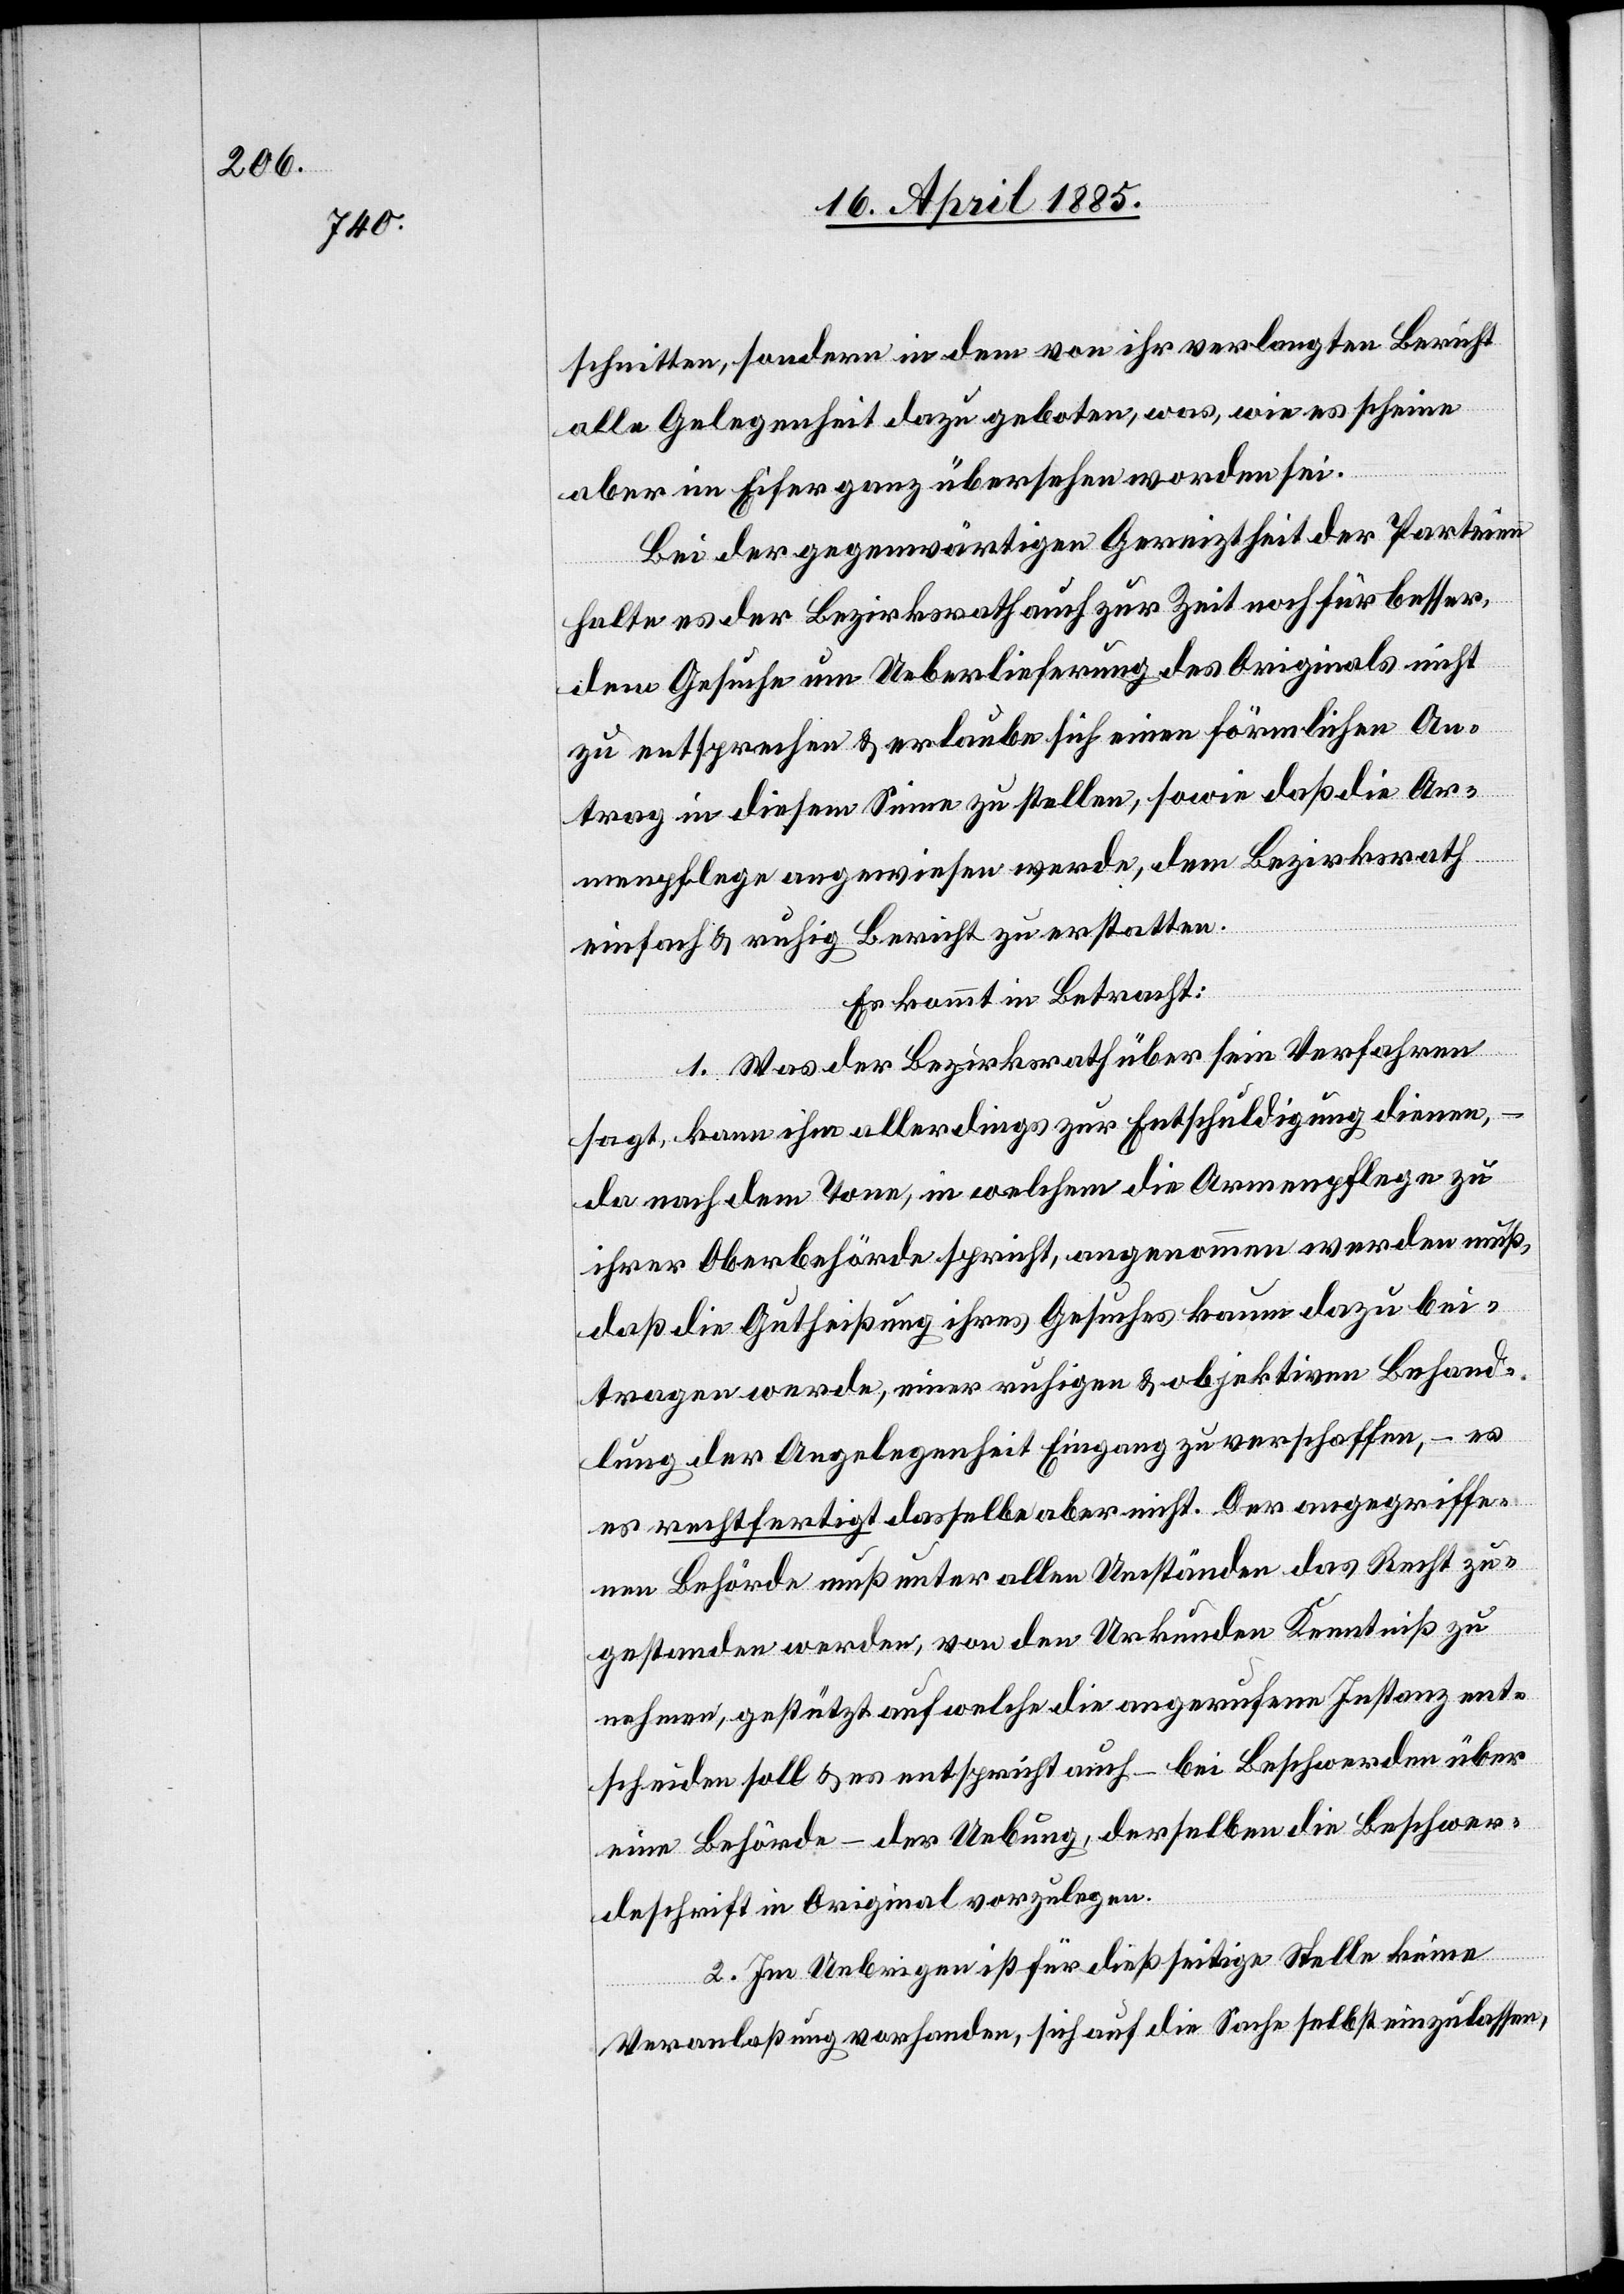
schnitten, sondern in dem von ihr verlangten Bericht
alle Gelegenheit dazu geboten, was, wie es scheine
aber im Eifer ganz übersehen worden sei.
Bei der gegenwärtigen Gereiztheit der Parteien
halte es der Bezirksrath auch zur Zeit noch für besser,
dem Gesuche um Ueberlieferung des Originals nicht
zu entsprechen & erlaube sich einen förmlichen An¬
trag in diesem Sinne zu stellen, sowie daß die Ar¬
menpflege angewiesen werde, dem Bezirksrath
einfach & ruhig Bericht zu erstatten.
Es kommt in Betracht:
1. Was der Bezirksrath über sein Verfahren
sagt, kann ihm allerdings zur Entschuldigung dienen,
da nach dem Tone, in welchem die Armenpflege zu
ihrer Oberbehörde spricht, angenommen werden muß,
daß die Gutheißung ihres Gesuches kaum dazu bei¬
tragen werde, einer ruhigen & objektiven Behand¬
lung der Angelegenheit Eingang zu verschaffen, – es
rechtfertigt dasselbe aber nicht. Der angegriffe¬
nen Behörde muß unter allen Umständen das Recht zu¬
gestanden werden, von den Urkunden Kenntniß zu
nehmen, gestützt auf welche die angerufene Instanz ent¬
scheiden soll & es entspricht auch – bei Beschwerden über
eine Behörde - der Uebung, derselben die Beschwer¬
deschrift in Original vorzulegen.
2. Im Uebrigen ist für dießseitige Stelle keine
Veranlaßung vorhanden, sich auf die Sache selbst einzulassen,